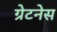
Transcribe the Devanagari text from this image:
ग्रेटनेस